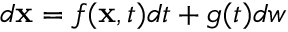
d \mathbf { x } = f ( \mathbf { x } , t ) d t + g ( t ) d w